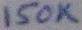
Text: 150K